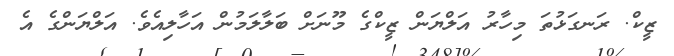
ޒީކް. ރަނގަޅުތަ މިހާރު އަލްޔަން ޒީކްގެ މޫނަށް ބަލާލަމުން އަހާލިއެވެ. އަލްޔަންގެ އެ